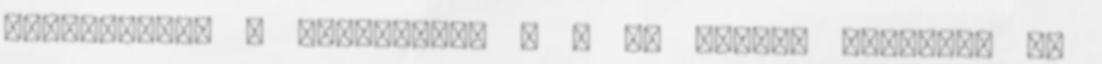
teljesítjük a szállítást . - Ha Postai feladást v.